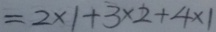
= 2 \times 1 + 3 \times 2 + 4 \times 1